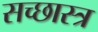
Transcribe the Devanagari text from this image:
सच्छास्त्र